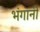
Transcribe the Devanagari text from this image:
भंगानी